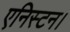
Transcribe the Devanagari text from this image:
एनिस्टन।